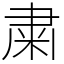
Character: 粛